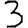
Digit: 3